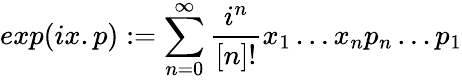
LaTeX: exp(ix.p):=\sum_{n=0}^{\infty}\frac{i^{n}}{[n]!}x_{1}\ldots x_{n}p_{n}\ldots p_{1}